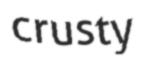
crusty